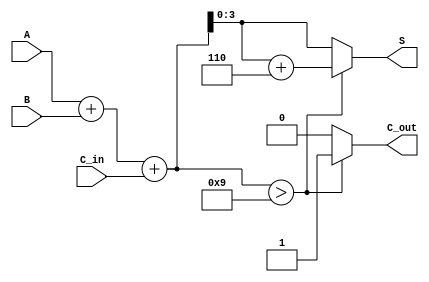
module BCD_Fast_Adder (
    input  wire [3:0] A,      // First BCD digit
    input  wire [3:0] B,      // Second BCD digit
    input  wire C_in,         // Carry input
    output reg  [3:0] S,      // BCD sum output
    output reg  C_out         // Carry output
);

    wire [4:0] S_bin;         // 5-bit sum to accommodate carry
    wire correction_needed;    // Flag for correction

    // Step 1: Binary addition
    assign S_bin = A + B + C_in;

    // Step 2: Check if correction is needed (if S_bin > 9)
    assign correction_needed = S_bin > 5'd9;

    // Step 3: Generate final BCD output and carry out
    always @(*) begin
        if (correction_needed) begin
            S = S_bin + 5'd6;   // Apply correction
            C_out = 1'b1;       // Set carry out
        end else begin
            S = S_bin[3:0];     // No correction needed
            C_out = 1'b0;       // No carry out
        end
    end

endmodule